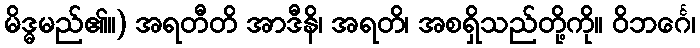
မိဒ္ဓမည်၏။) အရတီတိ အာဒီနိ၊ အရတိ၊ အစရှိသည်တို့ကို။ ဝိဘင်္ဂေ၊